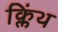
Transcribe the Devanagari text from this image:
क्लिंथ